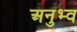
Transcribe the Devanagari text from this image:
अनुभ्व